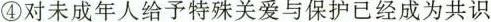
④对未成年人给予特殊关爱与保护已经成为共识